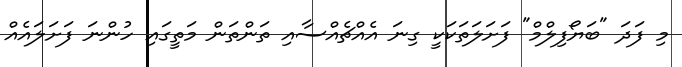
މި ފަދަ "ބަޔޯފިލްމް" ފަށަލަތަކަކީ ގިނަ އެއްޗެއްސާއި ތަންތަން މަތީގައި ހުންނަ ފަށަލައެއް